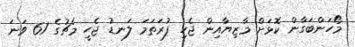
މޯހަންބަގާން ކޮޅަށް މާޒިޔާއިން ޖެހި ފުރަތަމަ ލަނޑު ޖެހީ މެޗުގެ 61 ވަނަ